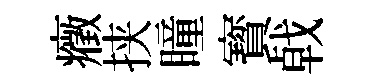
癥挟瞳寳㦸